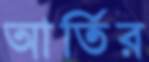
আর্তির